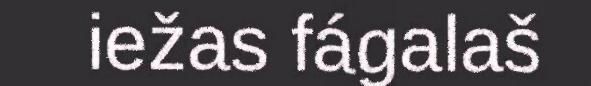
iežas fágalaš